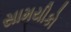
સામયીકો